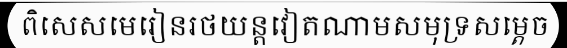
ពិសេសមេរៀនរថយន្តវៀតណាមសមុទ្រសម្តេច